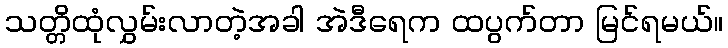
သတ္တိထုံလွှမ်းလာတဲ့အခါ အဲဒီရေက ထပွက်တာ မြင်ရမယ်။